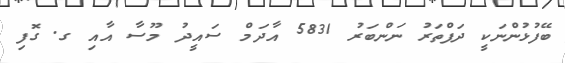
ބޭފުޅުންނަކީ ދަފްތަރު ނަންބަރު 5831 އާދަމް ސައީދު މޫސާ އާއި ގ. ގޮފި